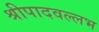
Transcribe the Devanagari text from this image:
श्रीपादवल्लभ